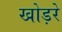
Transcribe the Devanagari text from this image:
खोड़रे